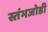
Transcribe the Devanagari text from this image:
स्तंभजोडी